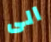
الى